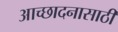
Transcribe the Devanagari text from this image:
आच्छादनासाठी